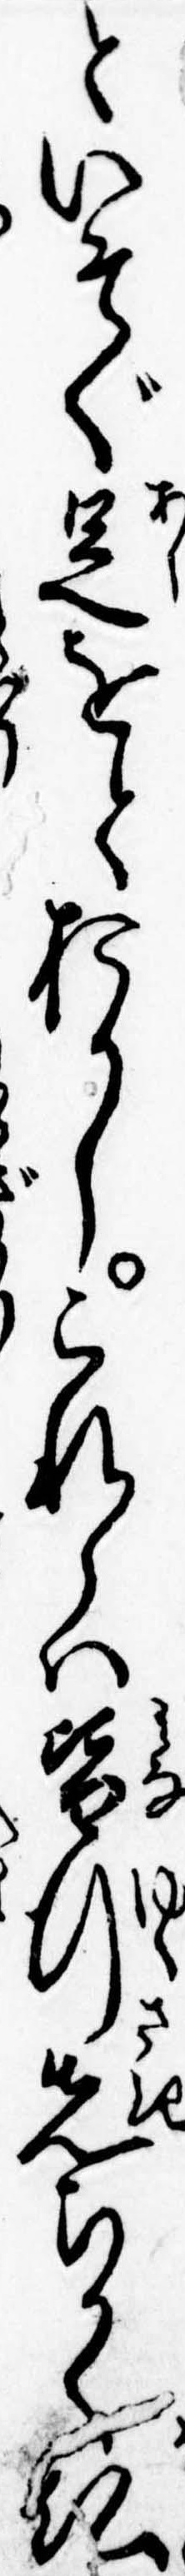
といそぐ足をとおかしこれらは皆行先ちかく仏